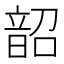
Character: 韶